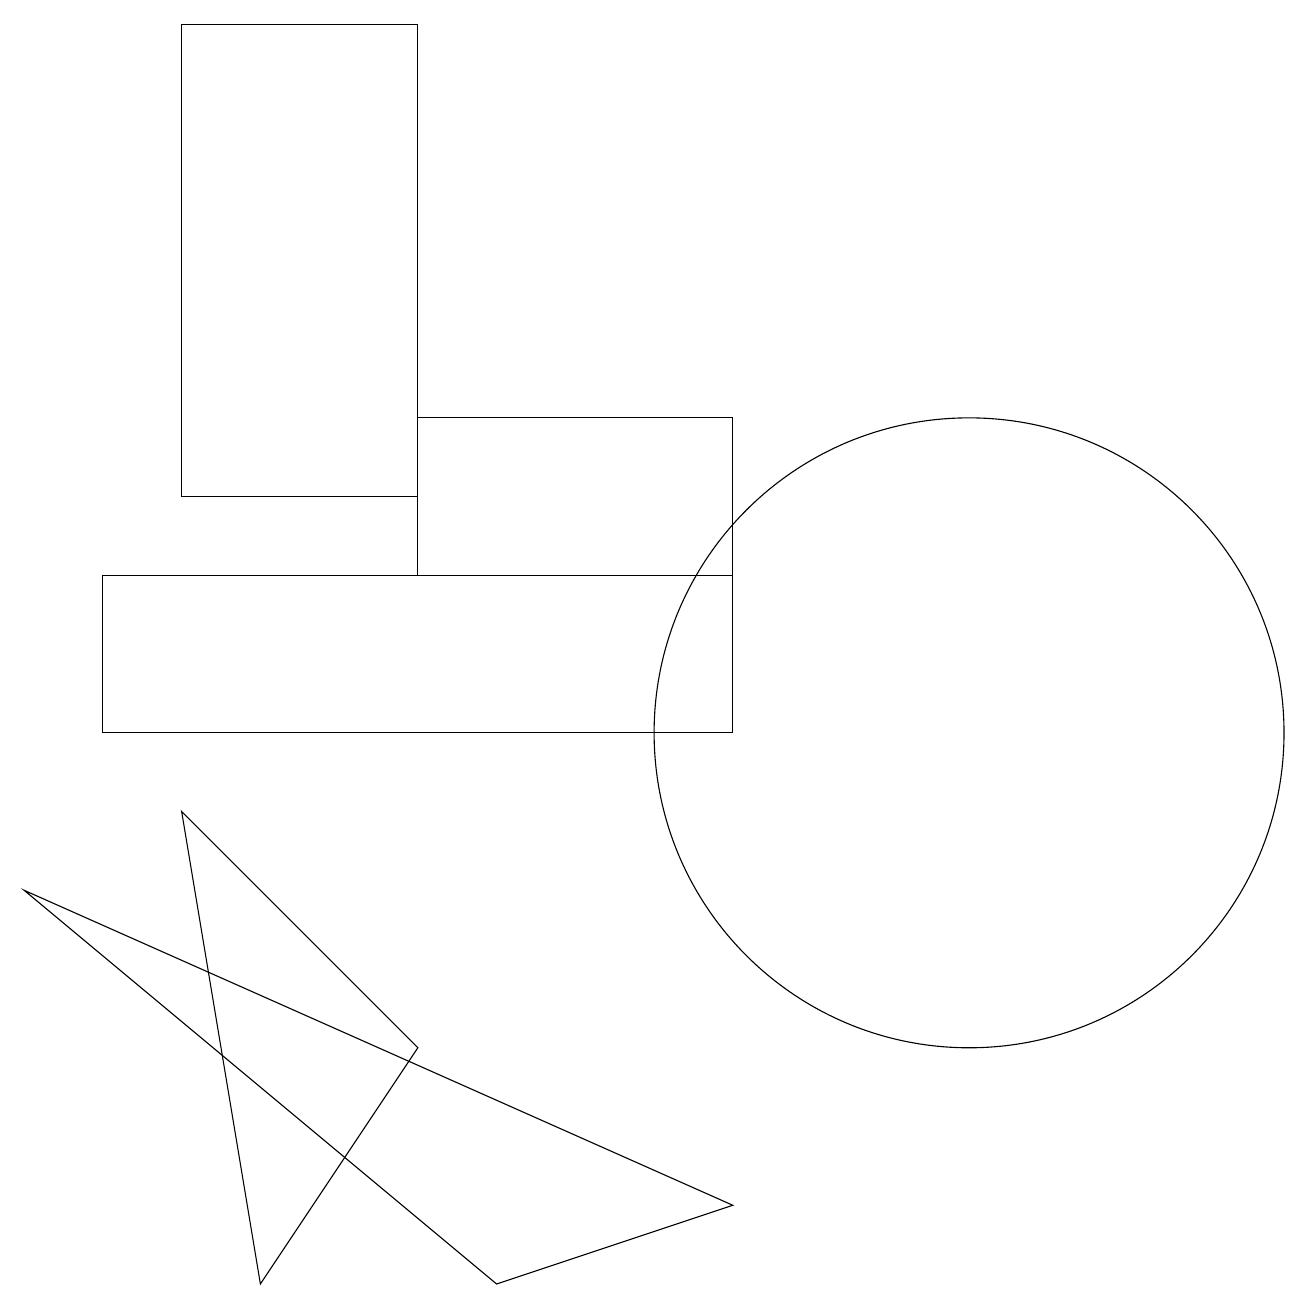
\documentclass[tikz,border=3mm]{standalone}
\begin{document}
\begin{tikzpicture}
\draw (0,8) -- (9,4) -- (6,3) -- cycle;
\draw (3,3) -- (2,9) -- (5,6) -- cycle;
\draw (9,14) rectangle (5,12);
\draw (12,10) circle (4);
\draw (9,10) rectangle (1,12);
\draw (5,13) rectangle (2,19);
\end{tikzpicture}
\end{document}